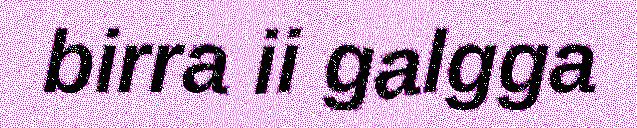
birra ii galgga